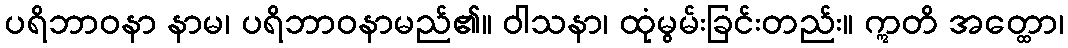
ပရိဘာဝနာ နာမ၊ ပရိဘာဝနာမည်၏။ ဝါသနာ၊ ထုံမွမ်းခြင်းတည်း။ ဣတိ အတ္ထော၊